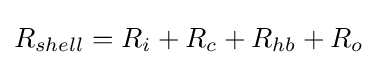
R_{shell}=R_{i}+R_{c}+R_{hb}+R_{o}